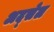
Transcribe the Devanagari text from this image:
अद्सेल